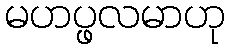
မဟပ္ဖလမာဟု